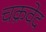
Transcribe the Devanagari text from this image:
चक्रवेद